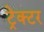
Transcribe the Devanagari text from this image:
ट्रेक्‍टर